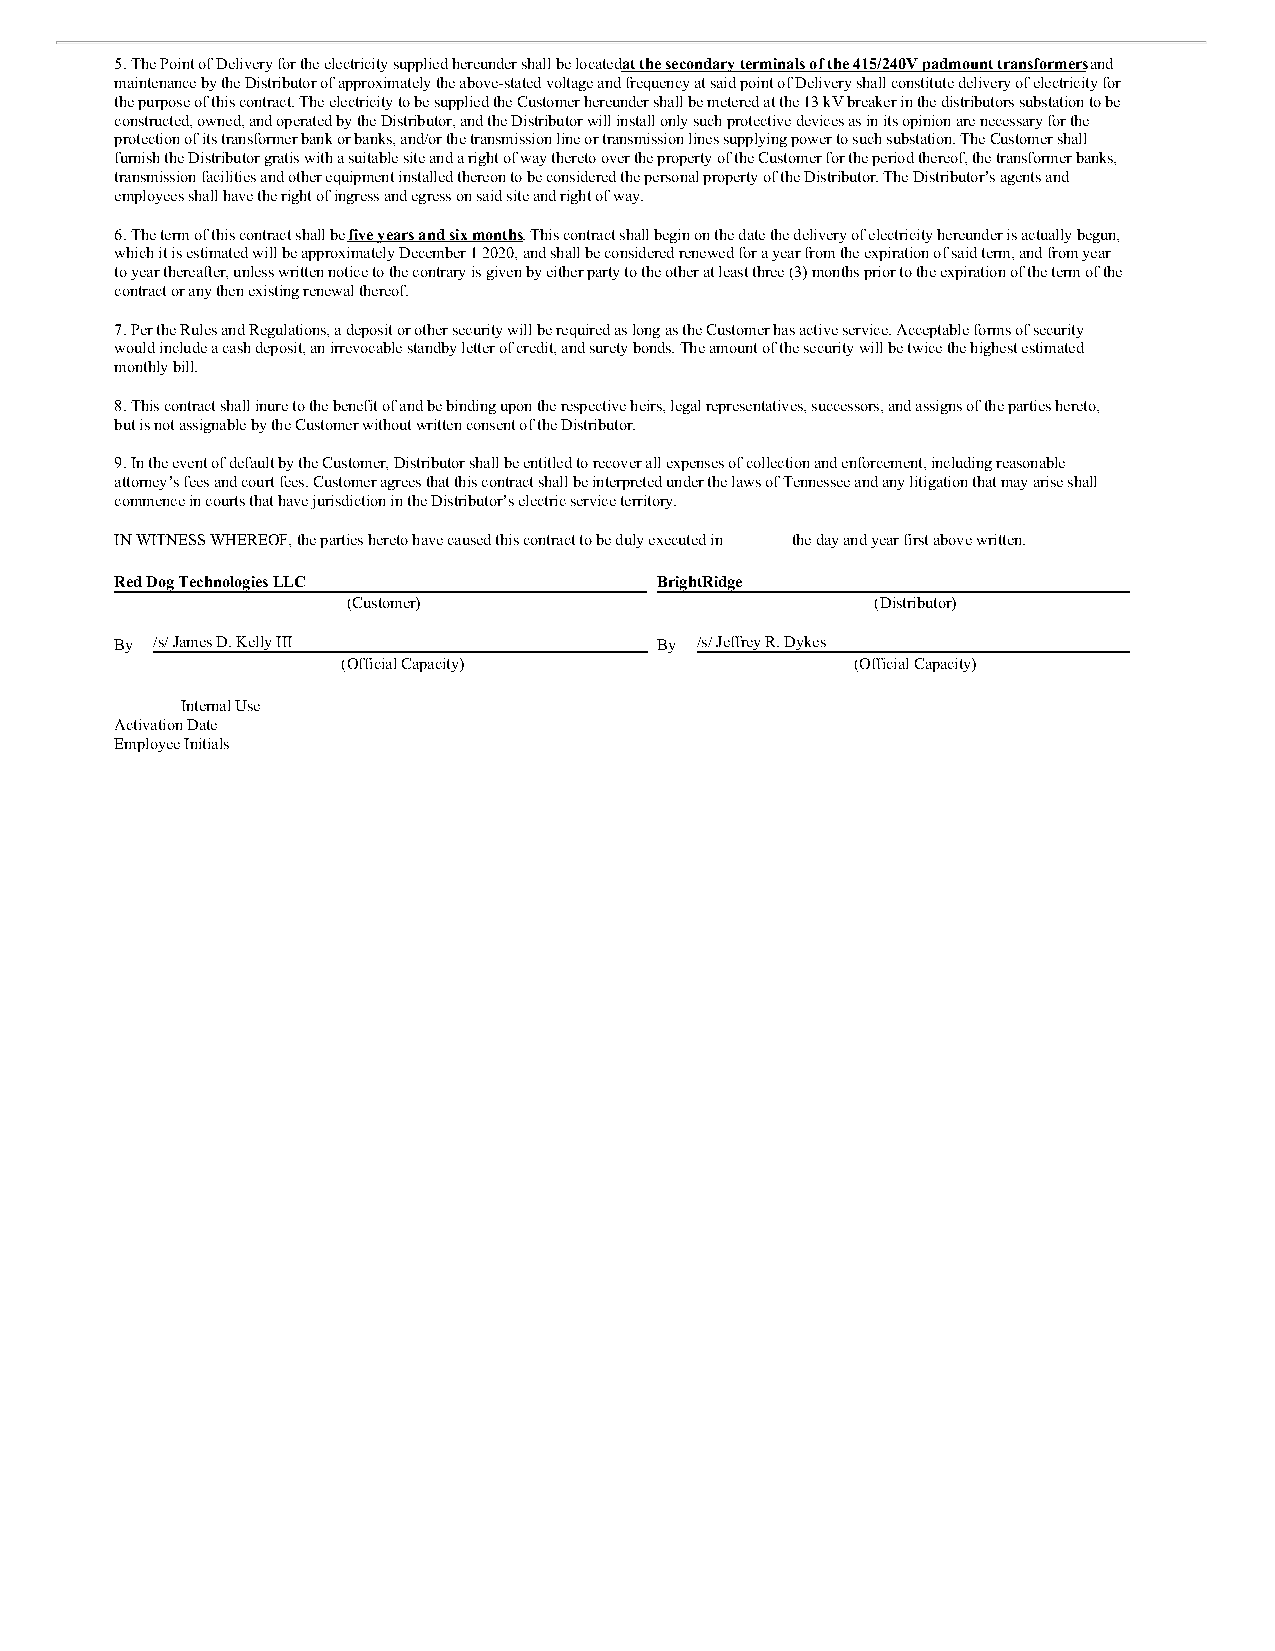
5. The Point of Delivery for the electricity supplied hereunder shall be located at the secondary terminals of the 415/240V padmount transformers and
 maintenance by the Distributor of approximately the above-stated voltage and frequency at said point of Delivery shall constitute delivery of electricity for
 the purpose of this contract. The electricity to be supplied the Customer hereunder shall be metered at the 13 kV breaker in the distributors substation to be
 constructed, owned, and operated by the Distributor, and the Distributor will install only such protective devices as in its opinion are necessary for the
 protection of its transformer bank or banks, and/or the transmission line or transmission lines supplying power to such substation. The Customer shall
 furnish the Distributor gratis with a suitable site and a right of way thereto over the property of the Customer for the period thereof, the transformer banks,
 transmission facilities and other equipment installed thereon to be considered the personal property of the Distributor. The Distributor’s agents and
 employees shall have the right of ingress and egress on said site and right of way.
 6. The term of this contract shall be five years and six months. This contract shall begin on the date the delivery of electricity hereunder is actually begun,
 which it is estimated will be approximately December 1 2020, and shall be considered renewed for a year from the expiration of said term, and from year
 to year thereafter, unless written notice to the contrary is given by either party to the other at least three (3) months prior to the expiration of the term of the
 contract or any then existing renewal thereof.
 7. Per the Rules and Regulations, a deposit or other security will be required as long as the Customer has active service. Acceptable forms of security
 would include a cash deposit, an irrevocable standby letter of credit, and surety bonds. The amount of the security will be twice the highest estimated
 monthly bill.
 8. This contract shall inure to the benefit of and be binding upon the respective heirs, legal representatives, successors, and assigns of the parties hereto,
 but is not assignable by the Customer without written consent of the Distributor.
 9. In the event of default by the Customer, Distributor shall be entitled to recover all expenses of collection and enforcement, including reasonable
 attorney’s fees and court fees. Customer agrees that this contract shall be interpreted under the laws of Tennessee and any litigation that may arise shall
 commence in courts that have jurisdiction in the Distributor’s electric service territory.
 IN WITNESS WHEREOF, the parties hereto have caused this contract to be duly executed in the day and year first above written.
 Red Dog Technologies LLC           BrightRidge
 (Customer)                         (Distributor)
 By /s/ James D. Kelly III          By /s/ Jeffrey R. Dykes
 (Official Capacity)               (Official Capacity)
 Internal Use
 Activation Date
 Employee Initials